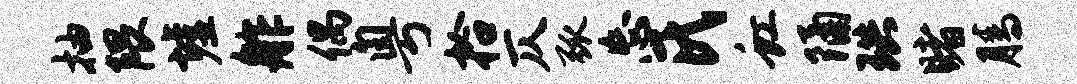
抽隈墟舴偶粤拾仄弧忘氏虹隔珙睹腾